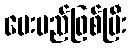
ပေးမည်ဖြစ်ပြီး